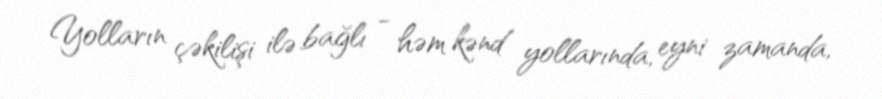
Yolların çəkilişi ilə bağlı - həm kənd yollarında, eyni zamanda,